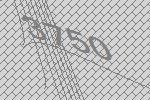
3750